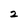
Character: 2